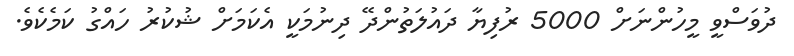
ދުވަސްވީ މީހުންނަށް 5000 ރުފިޔާ ދައުލަތުންދޭ ދިނުމަކީ އެކަމަށް ޝުކުރު ހައްގު ކަމެކެވެ.